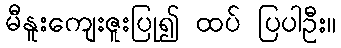
မီနူးကျေးဇူးပြု၍ ထပ် ပြပါဦး။